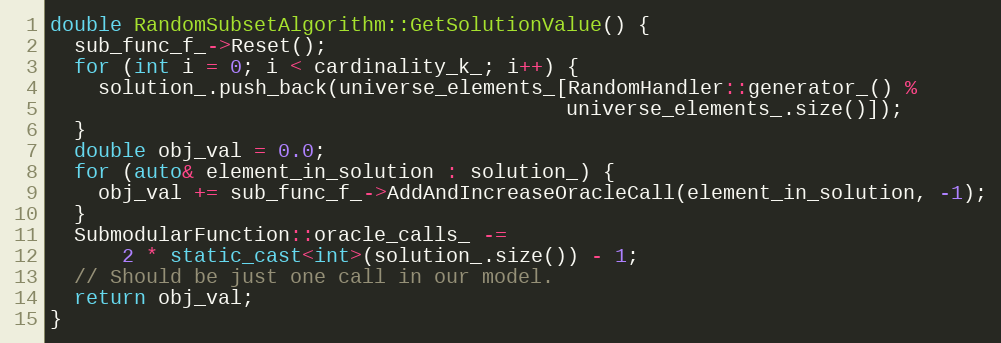
Language: C++
double RandomSubsetAlgorithm::GetSolutionValue() {
  sub_func_f_->Reset();
  for (int i = 0; i < cardinality_k_; i++) {
    solution_.push_back(universe_elements_[RandomHandler::generator_() %
                                           universe_elements_.size()]);
  }
  double obj_val = 0.0;
  for (auto& element_in_solution : solution_) {
    obj_val += sub_func_f_->AddAndIncreaseOracleCall(element_in_solution, -1);
  }
  SubmodularFunction::oracle_calls_ -=
      2 * static_cast<int>(solution_.size()) - 1;
  // Should be just one call in our model.
  return obj_val;
}